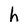
Character: h